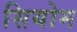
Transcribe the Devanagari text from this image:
सियोम